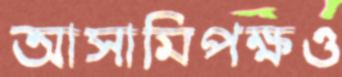
আসামিপক্ষও